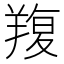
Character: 𦎭